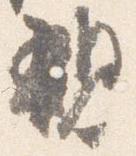
親